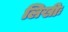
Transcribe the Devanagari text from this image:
लिखीः